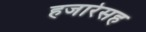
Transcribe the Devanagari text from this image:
हजारेसह